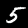
Label: 5